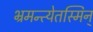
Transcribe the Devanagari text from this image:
भ्रमन्त्येतस्मिन्